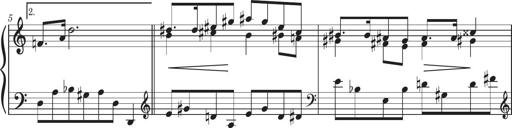
Title: Sonatine in 3 SÃ¤tzen
Composer: Gertrud Schweizer